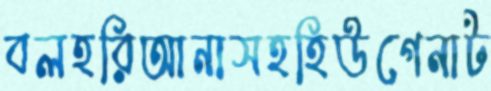
বলহরিআনাসহহিউগেনাট